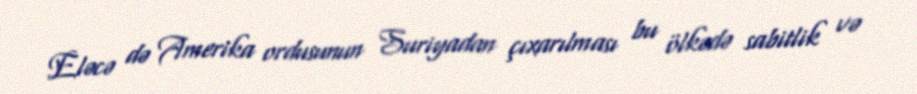
Eləcə də Amerika ordusunun Suriyadan çıxarılması bu ölkədə sabitlik və